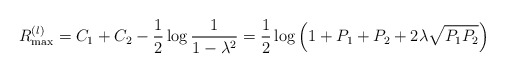
\begin{align*}R^{(l)}_{\max}=C_1+C_2-\frac{1}{2}\log\frac{1}{1-\lambda^2}=\frac{1}{2}\log\left(1+P_1+P_2+2\lambda\sqrt{P_1P_2}\right)\end{align*}